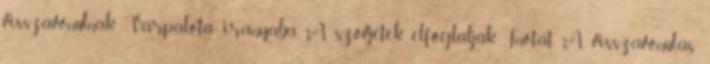
visszavonulnak Várpalota irányába. A szovjetek elfoglalják Inotát. A visszavonulás